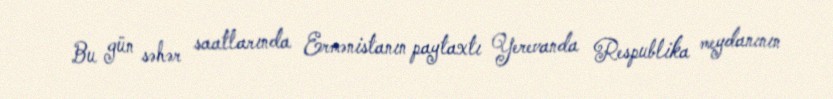
Bu gün səhər saatlarında Ermənistanın paytaxtı Yerevanda Respublika meydanının